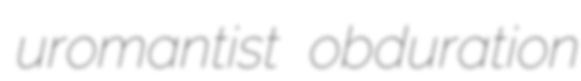
uromantist obduration